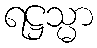
ရဋ္ဌသ္မာ